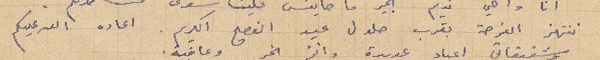
ننتهز الفرصة بقرب حلول عيد الفصح الكريم. اعاده الله عليكم